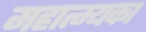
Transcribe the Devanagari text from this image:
महात्म्यका